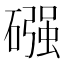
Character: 䃨